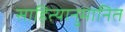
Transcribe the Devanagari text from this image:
साहित्यानुमानित